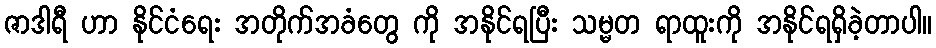
ဇာဒါရီ ဟာ နိုင်ငံရေး အတိုက်အခံတွေ ကို အနိုင်ရပြီး သမ္မတ ရာထူးကို အနိုင်ရရှိခဲ့တာပါ။